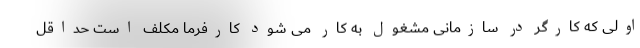
اولی که کارگر در سازمانی مشغول به کار می شود کارفرما مکلف است حداقل